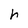
Character: h